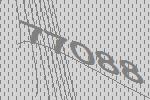
77088